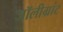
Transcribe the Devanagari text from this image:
जॉलीग्रांट